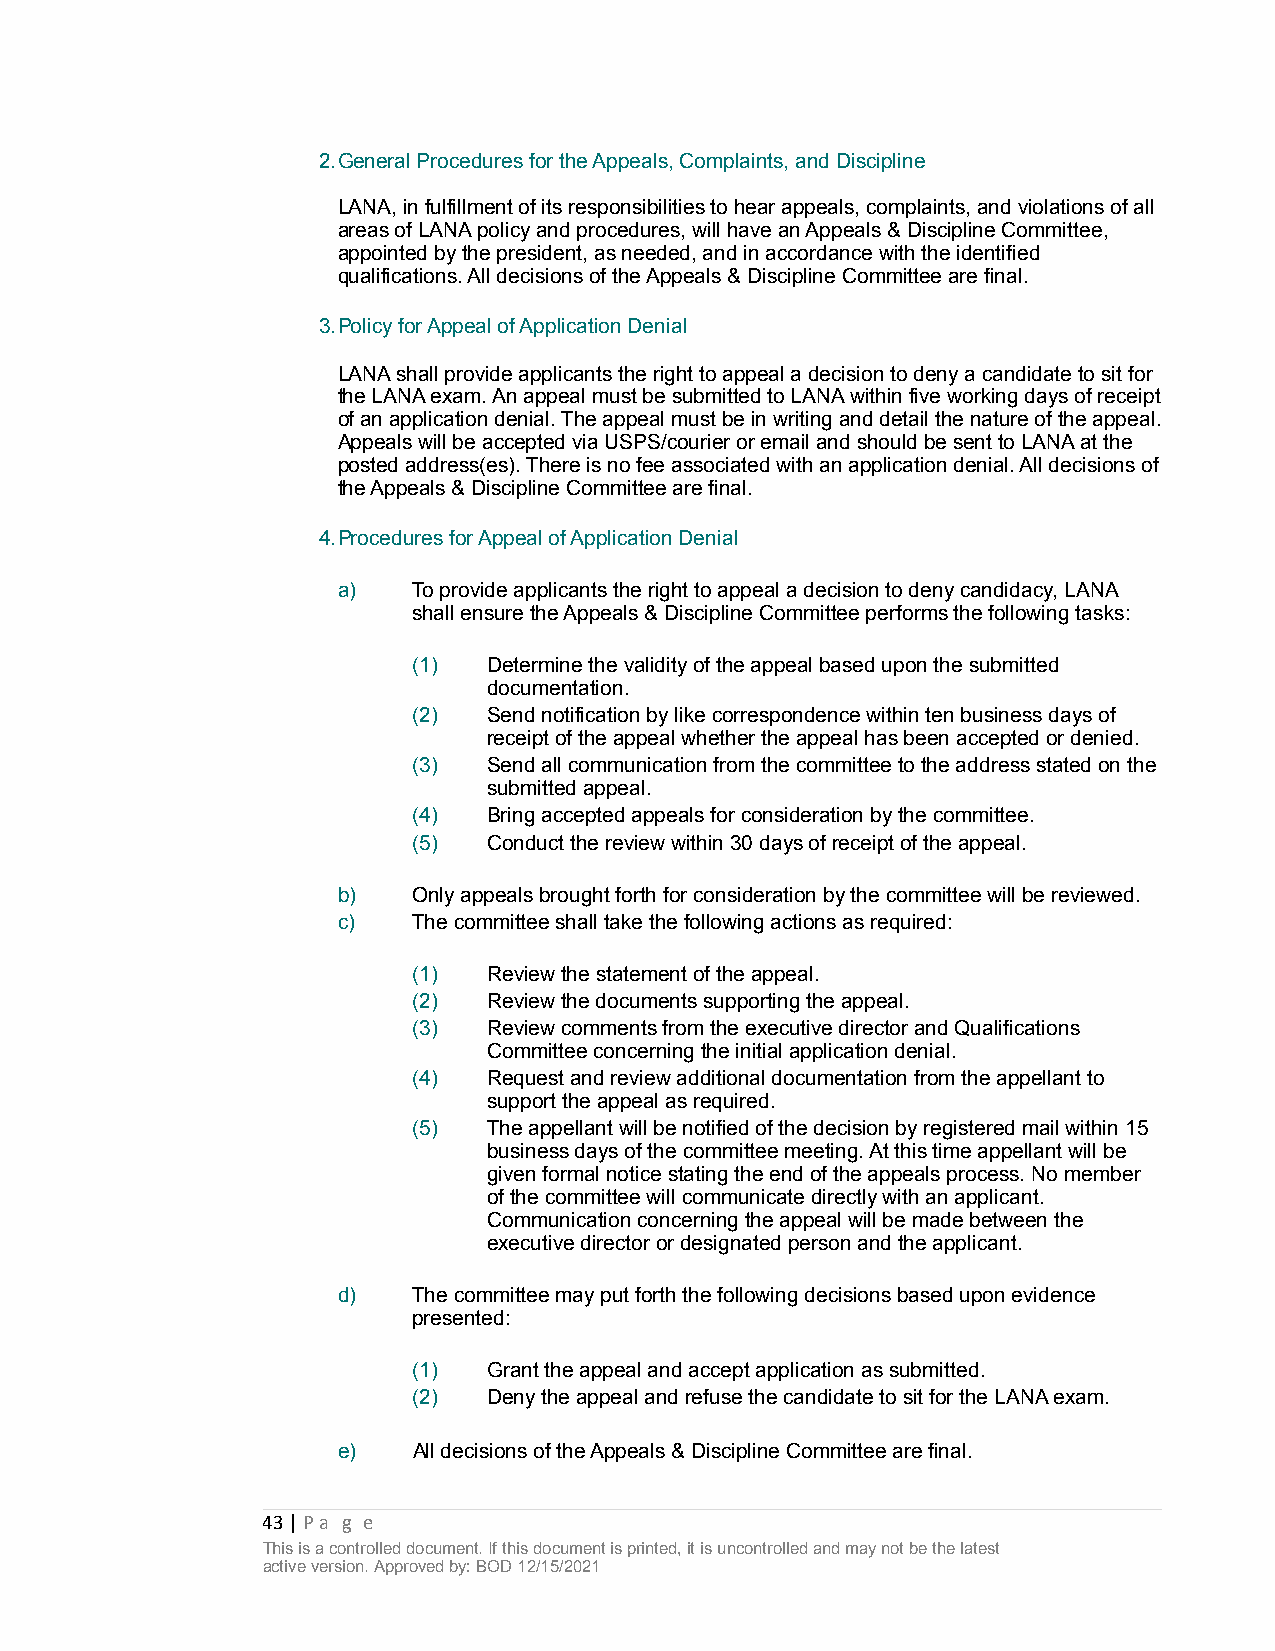
2.General Procedures for the Appeals, Complaints, and Discipline
 LANA, in fulfillment of its responsibilities to hear appeals, complaints, and violations of all
 areas of LANA policy and procedures, will have an Appeals & Discipline Committee,
 appointed by the president, as needed, and in accordance with the identified
 qualifications. All decisions of the Appeals & Discipline Committee are final.
 3.Policy for Appeal of Application Denial
 LANA shall provide applicants the right to appeal a decision to deny a candidate to sit for
 the LANA exam. An appeal must be submitted to LANA within five working days of receipt
 of an application denial. The appeal must be in writing and detail the nature of the appeal.
 Appeals will be accepted via USPS/courier or email and should be sent to LANA at the
 posted address(es). There is no fee associated with an application denial. All decisions of
 the Appeals & Discipline Committee are final.
 4.Procedures for Appeal of Application Denial
 a)   To provide applicants the right to appeal a decision to deny candidacy, LANA
 shall ensure the Appeals & Discipline Committee performs the following tasks:
 (1)  Determine the validity of the appeal based upon the submitted
 documentation.
 (2)  Send notification by like correspondence within ten business days of
 receipt of the appeal whether the appeal has been accepted or denied.
 (3)  Send all communication from the committee to the address stated on the
 submitted appeal.
 (4)  Bring accepted appeals for consideration by the committee.
 (5)  Conduct the review within 30 days of receipt of the appeal.
 b)   Only appeals brought forth for consideration by the committee will be reviewed.
 c)   The committee shall take the following actions as required:
 (1)  Review the statement of the appeal.
 (2)  Review the documents supporting the appeal.
 (3)  Review comments from the executive director and Qualifications
 Committee concerning the initial application denial.
 (4)  Request and review additional documentation from the appellant to
 support the appeal as required.
 (5)  The appellant will be notified of the decision by registered mail within 15
 business days of the committee meeting. At this time appellant will be
 given formal notice stating the end of the appeals process. No member
 of the committee will communicate directly with an applicant.
 Communication concerning the appeal will be made between the
 executive director or designated person and the applicant.
 d)   The committee may put forth the following decisions based upon evidence
 presented:
 (1)  Grant the appeal and accept application as submitted.
 (2)  Deny the appeal and refuse the candidate to sit for the LANA exam.
 e)   All decisions of the Appeals & Discipline Committee are final.
 43 | Pa g e
 This is a controlled document. If this document is printed, it is uncontrolled and may not be the latest
 active version. Approved by: BOD 12/15/2021